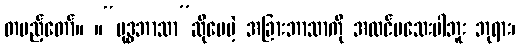
တပည့်တော်။ ။“ဗုဒ္ဓဘာသာ”ဆိုပေမဲ့ အခြားဘာသာကို အထင်မသေးပါဘူး ဘုရား၊